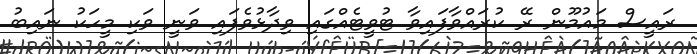
ރައީސް މައުމޫން ރޭ ކުރައްވާފައިވާ ޓުވީޓެއްގައި ވިދާޅުވެފައި ވަނީ ވަކި މީހަކު ނައިބު